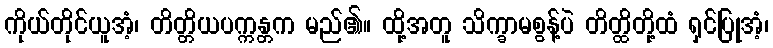
ကိုယ်တိုင်ယူအံ့၊ တိတ္တိယပက္ကန္တက မည်၏။ ထို့အတူ သိက္ခာမစွန့်ပဲ တိတ္ထိတို့ထံ ရှင်ပြုအံ့၊